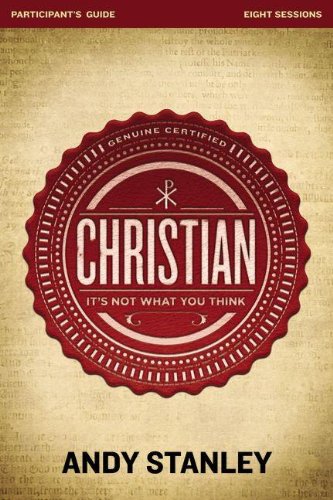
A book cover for Christian Participant's Guide: It's Not What You Think; Andy Stanley; Christian Books & Bibles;